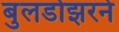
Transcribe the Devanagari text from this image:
बुलडोझरने